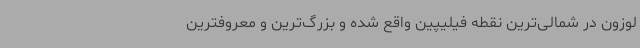
لوزون در شمالی‌ترین نقطه فیلیپین واقع شده و بزرگ‌ترین و معروفترین